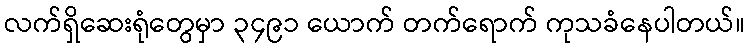
လက်ရှိဆေးရုံတွေမှာ ၃၄၉၁ ယောက် တက်ရောက် ကုသခံနေပါတယ်။